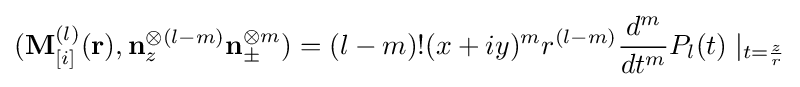
(\mathbf {M} _{[i]}^{(l)}(\mathbf {r} ),\mathbf {n} _{z}^{\otimes (l-m)}\mathbf {n} _{\pm }^{\otimes m})=(l-m)!(x+iy)^{m}r^{(l-m)}{\frac {d^{m}}{dt^{m}}}P_{l}(t)\mid _{t={\frac {z}{r}}}